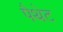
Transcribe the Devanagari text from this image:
पैथेट